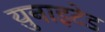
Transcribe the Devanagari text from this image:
य़ुनाइटेड